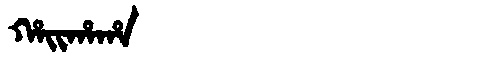
Manchu: ᡥᠠᡳᡥᠠᡥᠠ
Romanization: HAIHAHA